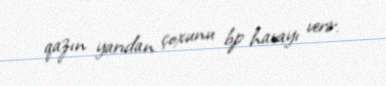
qazın yarıdan çoxunu bp havayı verir.